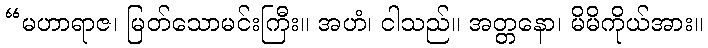
“မဟာရာဇ၊ မြတ်သောမင်းကြီး။ အဟံ၊ ငါသည်။ အတ္တနော၊ မိမိကိုယ်အား။